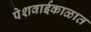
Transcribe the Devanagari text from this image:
पेशवाईकाळात